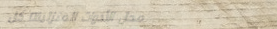
محل الأدوات المنزلية: كل